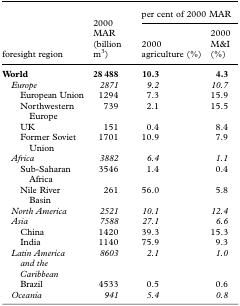
<table><thead><tr><td rowspan="2"><b>foresight region</b></td><td rowspan="2"><b>2000 MAR (billion m<sup>3</sup>)</b></td><td colspan="2"><b>per cent of 2000 MAR</b></td></tr><tr><td><b>2000 agriculture (%)</b></td><td><b>2000 M&amp;I (%)</b></td></tr></thead><tbody><tr><td><b>World</b></td><td><b>28 488</b></td><td><b>10.3</b></td><td><b>4.3</b></td></tr><tr><td> <i>Europe</i></td><td><i>2871</i></td><td><i>9.2</i></td><td><i>10.7</i></td></tr><tr><td>European Union</td><td>1294</td><td>7.3</td><td>15.9</td></tr><tr><td>NorthwesternEurope</td><td>739</td><td>2.1</td><td>15.5</td></tr><tr><td>UK</td><td>151</td><td>0.4</td><td>8.4</td></tr><tr><td>Former SovietUnion</td><td>1701</td><td>10.9</td><td>7.9</td></tr><tr><td> <i>Africa</i></td><td><i>3882</i></td><td><i>6.4</i></td><td><i>1.1</i></td></tr><tr><td>Sub-SaharanAfrica</td><td>3546</td><td>1.4</td><td>0.4</td></tr><tr><td>Nile RiverBasin</td><td>261</td><td>56.0</td><td>5.8</td></tr><tr><td> <i>North America</i></td><td><i>2521</i></td><td><i>10.1</i></td><td><i>12.4</i></td></tr><tr><td> <i>Asia</i></td><td><i>7588</i></td><td><i>27.1</i></td><td><i>6.6</i></td></tr><tr><td>China</td><td>1420</td><td>39.3</td><td>15.3</td></tr><tr><td>India</td><td>1140</td><td>75.9</td><td>9.3</td></tr><tr><td> <i>Latin America and the Caribbean</i></td><td><i>8603</i></td><td><i>2.1</i></td><td><i>1.0</i></td></tr><tr><td>Brazil</td><td>4533</td><td>0.5</td><td>0.6</td></tr><tr><td> <i>Oceania</i></td><td><i>941</i></td><td><i>5.4</i></td><td><i>0.8</i></td></tr></tbody></table>